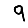
Digit: 9